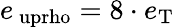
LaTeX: e_{\mathrm{\ uprho}}=8\cdot e_{\mathrm{T}}